Medical and sanitary report of the native army of Madras for the year
Year: 1877
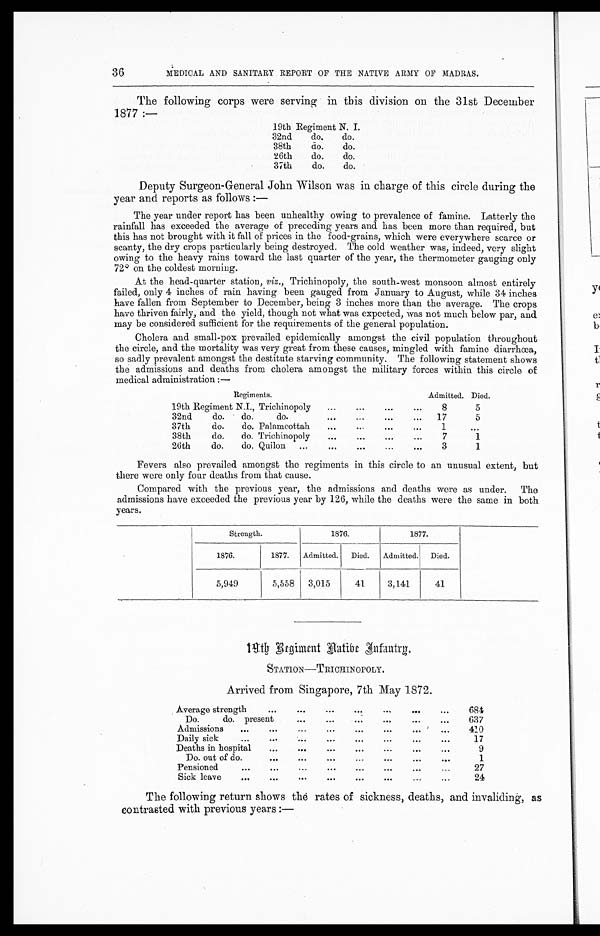
36
MEDICAL AND SANITARY REPORT OF THE NATIVE ARMY OF MADRAS.
The following corps were serving in this division on the 31st December
1877:—
19th Regiment N. I.
32nd
do.
do.
38th
do.
do.
26th
do.
do.
37th
do.
do.
Deputy Surgeon-General John Wilson was in charge of this circle during the
year and reports as follows:
—
The year under report has been unhealthy owing to prevalence of famine. Latterly the
rainfall has exceeded the average of preceding years and has been more than required, but
this has not brought with it fall of prices in the food-grains, which were everywhere scarce or
scanty, the dry crops particularly being destroyed. The cold weather was, indeed, very slight
owing to the heavy rains toward the last quarter of the year, the thermometer gauging only
72° on the coldest morning.
At the head-quarter station, viz., Trichinopoly, the south-west monsoon almost entirely
failed, only 4 inches of rain having been gauged from January to August, while 34 inches
have fallen from September to December, being 3 inches more than the average. The crops
have thriven fairly, and the yield, though not what was expected, was not much below par, and
may be considered sufficient for the requirements of the general population.
Cholera and small-pox prevailed epidemically amongst the civil population throughout
the circle, and the mortality was very great from these causes, mingled with famine diarrhœa,
so sadly prevalent amongst the destitute starving community. The following statement shows
the admissions and deaths from cholera amongst the military forces within this circle of
medical administration:—
Regiments.
Admitted. Died.
19th Regiment N.I., Trichinopoly
8
5
32nd
do. do.
do.
17
5
37th
do. do. Palamcottah
1
...
38th
do. do. Trichinopoly
7
1
26th
do. do. Quilon.
3
1
Fevers also prevailed amongst the regiments in this circle to an unusual extent, but
there were only four deaths from that cause.
Compared with the previous year, the admissions and deaths were as under. The
admissions have exceeded the previous year by 126, while the deaths were the same in both
years.
Strength.
1876.
1877.
1876.
1877. Admitted. Died. Admitted. Died.
5,949
5,558 3,015
41
3,141
41
19th Regiment Native Infantry.
STATION—TRICHINOPOLY.
Arrived from Singapore, 7th May 1872.
Average strength
684
Do.
do. present
637
Admissions
410
Daily sick
17
Deaths in hospital
9
Do. out of do.
1
Pensioned
27
Sick leave
24
The following return shows the rates of sickness, deaths, and invaliding, as
contrasted with previous years:—